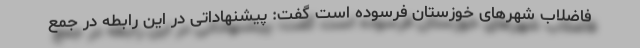
فاضلاب شهرهای خوزستان فرسوده است گفت: پیشنهاداتی در این رابطه در جمع